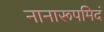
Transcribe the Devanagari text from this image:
नानारूपमिदं